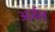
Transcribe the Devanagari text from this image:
अर्ज़ल